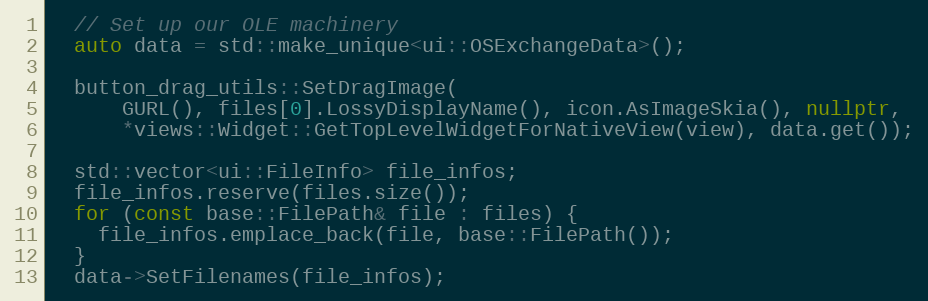
Language: C++
  // Set up our OLE machinery
  auto data = std::make_unique<ui::OSExchangeData>();

  button_drag_utils::SetDragImage(
      GURL(), files[0].LossyDisplayName(), icon.AsImageSkia(), nullptr,
      *views::Widget::GetTopLevelWidgetForNativeView(view), data.get());

  std::vector<ui::FileInfo> file_infos;
  file_infos.reserve(files.size());
  for (const base::FilePath& file : files) {
    file_infos.emplace_back(file, base::FilePath());
  }
  data->SetFilenames(file_infos);